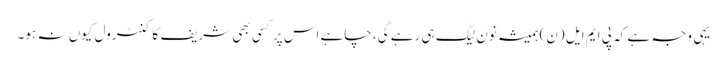
یہی وجہ ہے کہ پی ایم ایل (ن) ہمیشہ نون لیگ ہی رہے گی، چاہے اس پر کسی بھی شریف کا کنٹرول کیوں نہ ہو۔